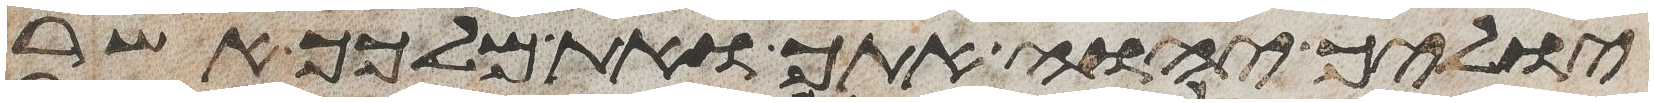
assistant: יוליך יהוה אתך ואת מלכך אשר